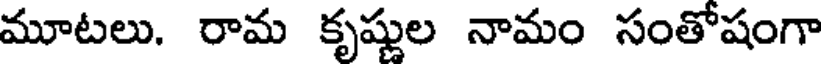
మూటలు. రామ కృష్ణుల నామం సంతోషంగా